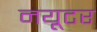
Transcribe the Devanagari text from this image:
नयूटर